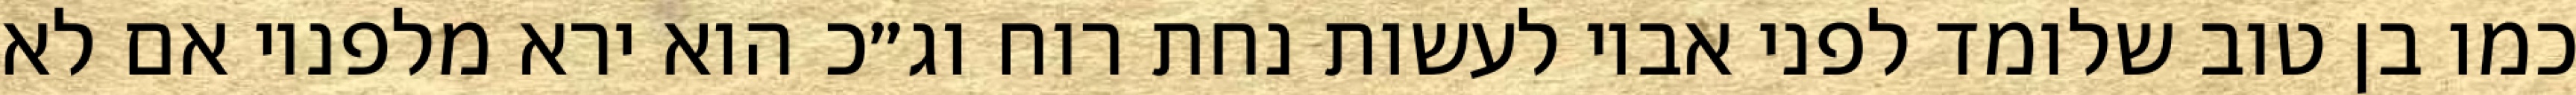
כמו בן טוב שלומד לפני אביו לעשות נחת רוח וג״כ הוא ירא מלפניו אם לא